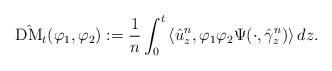
LaTeX: \begin{align*}\hat{\rm DM}_t(\varphi_1,\varphi_2):= \frac{1}{n} \int_{0}^{t} \left<\hat{u}^n_{z},\varphi_{1}\varphi_{2}\Psi(\cdot,\hat{\gamma}^n_z)\right> dz.\end{align*}